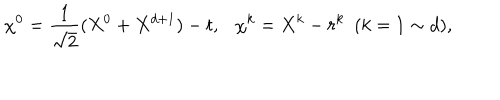
LaTeX: \chi ^ { 0 } = \frac { 1 } { \sqrt { 2 } } ( X ^ { 0 } + X ^ { d + 1 } ) - t , \chi ^ { k } = X ^ { k } - r ^ { k } ~ ~ ( k = 1 \sim d ) ,